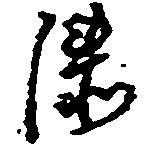
漆